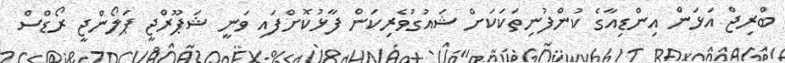
ބްރިޖް އަޅަން އިންޑިއާގެ ކުންފުނިތަކަކަށް ޝައުގުވެރިކަން ފާޅުކޮށްފައި ވަނީ ޝަޕޫރްޖީ ޕަލޯންޖީ ރޯޑްސް